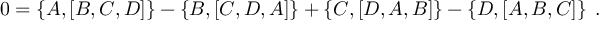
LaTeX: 0 = \left\{ A , \left[ B , C , D \right] \right\} - \left\{ B , \left[ C , D , A \right] \right\} + \left\{ C , \left[ D , A , B \right] \right\} - \left\{ D , \left[ A , B , C \right] \right\} \; .